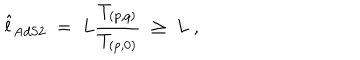
{ \hat { l } } _ { \mathrm { A d S 2 } } \; = \; L { \frac { T _ { ( p , q ) } } { T _ { ( p , 0 ) } } } \; \ge \; L \ ,